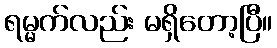
ရမ္မက်လည်း မရှိတော့ပြီ။